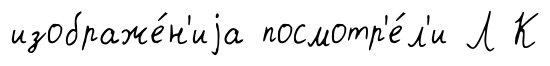
изображе́н'иjа посмотр'е́л'и Л К